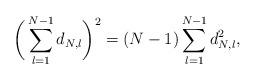
LaTeX: \begin{align*}\bigg( \sum_{l=1}^{N-1} d_{N,l} \bigg)^2=(N-1)\sum_{l=1}^{N-1} d_{N,l}^2,\end{align*}